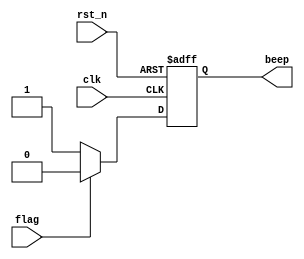
module gen_pwm
(
	input  wire 	clk  ,//
	input  wire 	rst_n,//
	input  wire 	flag ,//pwm
	
	output reg 		beep//
);

//pwm
always@(posedge clk or negedge rst_n)begin
	if(!rst_n)begin
		beep <= 1'b1;
	end 
	else if(flag)begin
		beep <= 1'b0;
	end 	
	else begin
		beep <= 1'b1;
	end 
end 
endmodule